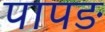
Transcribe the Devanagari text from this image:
पापङ